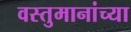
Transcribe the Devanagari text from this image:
वस्तुमानांच्या